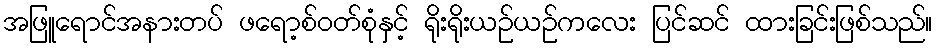
အဖြူရောင်အနားတပ် ဖရော့စ်ဝတ်စုံနှင့် ရိုးရိုးယဉ်ယဉ်ကလေး ပြင်ဆင် ထားခြင်းဖြစ်သည်။